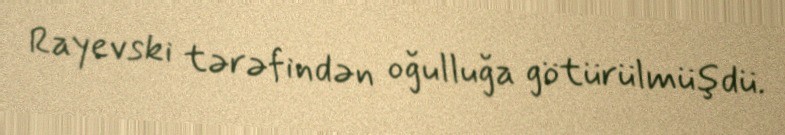
Rayevski tərəfindən oğulluğa götürülmüşdü.